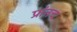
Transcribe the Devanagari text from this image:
प्रांतच